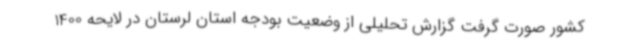
کشور صورت گرفت گزارش تحلیلی از وضعیت بودجه استان لرستان در لایحه 1400